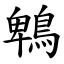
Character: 鵯